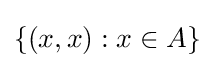
\{(x,x):x\in A\}